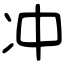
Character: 冲